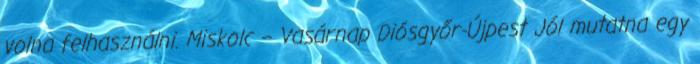
volna felhasználni. Miskolc – Vasárnap Diósgyőr-Újpest Jól mutatna egy